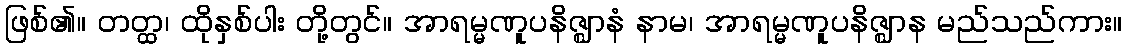
ဖြစ်၏။ တတ္ထ၊ ထိုနှစ်ပါး တို့တွင်။ အာရမ္မဏူပနိဇ္ဈာနံ နာမ၊ အာရမ္မဏူပနိဇ္ဈာန မည်သည်ကား။